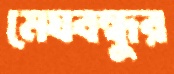
মেঘবন্ধুর